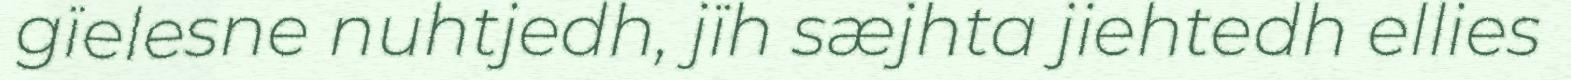
gïelesne nuhtjedh, jïh sæjhta jiehtedh ellies